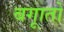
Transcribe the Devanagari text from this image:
बगाूतों